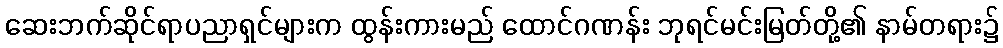
ဆေးဘက်ဆိုင်ရာပညာရှင်များက ထွန်းကားမည် ထောင်ဂဏန်း ဘုရင်မင်းမြတ်တို့၏ နာမ်တရား၌